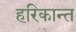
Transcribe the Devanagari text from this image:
हरिकान्त